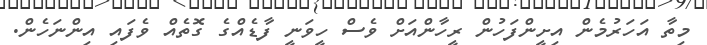
މިތާ އަހަރުމެން އިށީންފަހުން ރީހާންއަށް ވެސް ހީވަނީ ފާޑެއްގެ ގޮތެއް ވެފައި އިންނަހެން.